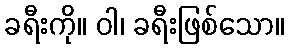
ခရီးကို။ ဝါ၊ ခရီးဖြစ်သော။